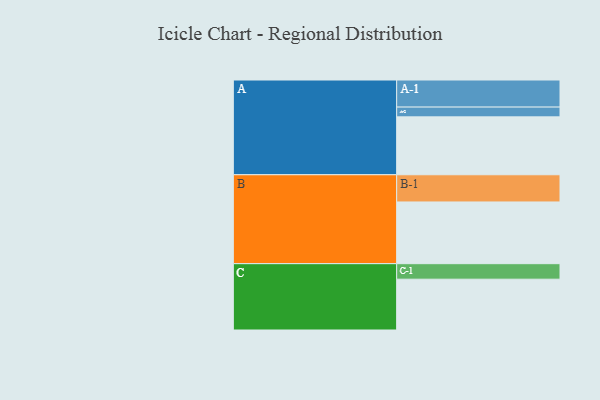
{"axis": {"x": "Segment", "y": "Value"}, "legend": ["", "A", "B", "C"], "data": [{"x": "A", "y": 515, "type": ""}, {"x": "B", "y": 549, "type": ""}, {"x": "C", "y": 452, "type": ""}, {"x": "A-1", "y": 241, "type": "A"}, {"x": "A-2", "y": 87, "type": "A"}, {"x": "B-1", "y": 242, "type": "B"}, {"x": "C-1", "y": 138, "type": "C"}]}